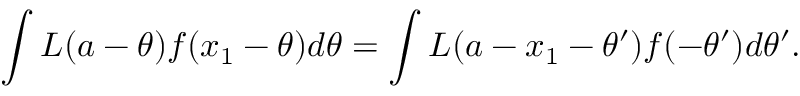
\int L ( a - \theta ) f ( x _ { 1 } - \theta ) d \theta = \int L ( a - x _ { 1 } - \theta ^ { \prime } ) f ( - \theta ^ { \prime } ) d \theta ^ { \prime } .